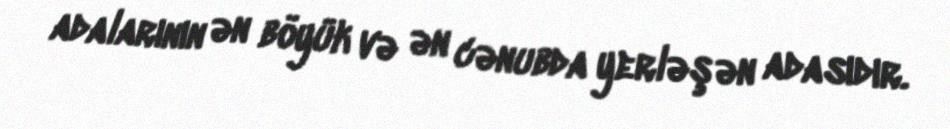
adalarının ən böyük və ən cənubda yerləşən adasıdır.